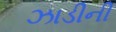
ઝાડીની